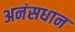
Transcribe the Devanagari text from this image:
अनंसधान